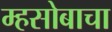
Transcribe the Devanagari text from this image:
म्हसोबाचा